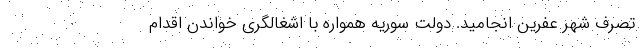
تصرف شهر عفرین انجامید. دولت سوریه همواره با اشغالگری خواندن اقدام